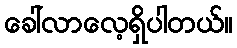
ခေါ်လာလေ့ရှိပါတယ်။